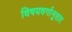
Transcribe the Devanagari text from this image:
विषयवर्गानुसार